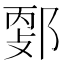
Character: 𨜦